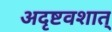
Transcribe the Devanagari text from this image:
अदृष्टवशात्‌